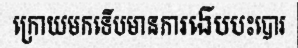
ក្រោយមកទើបមានការងើបបះបោរ